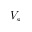
V _ { s }